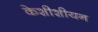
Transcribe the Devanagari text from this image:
केशीशीयन